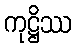
ကုဋ္ဌိဿ